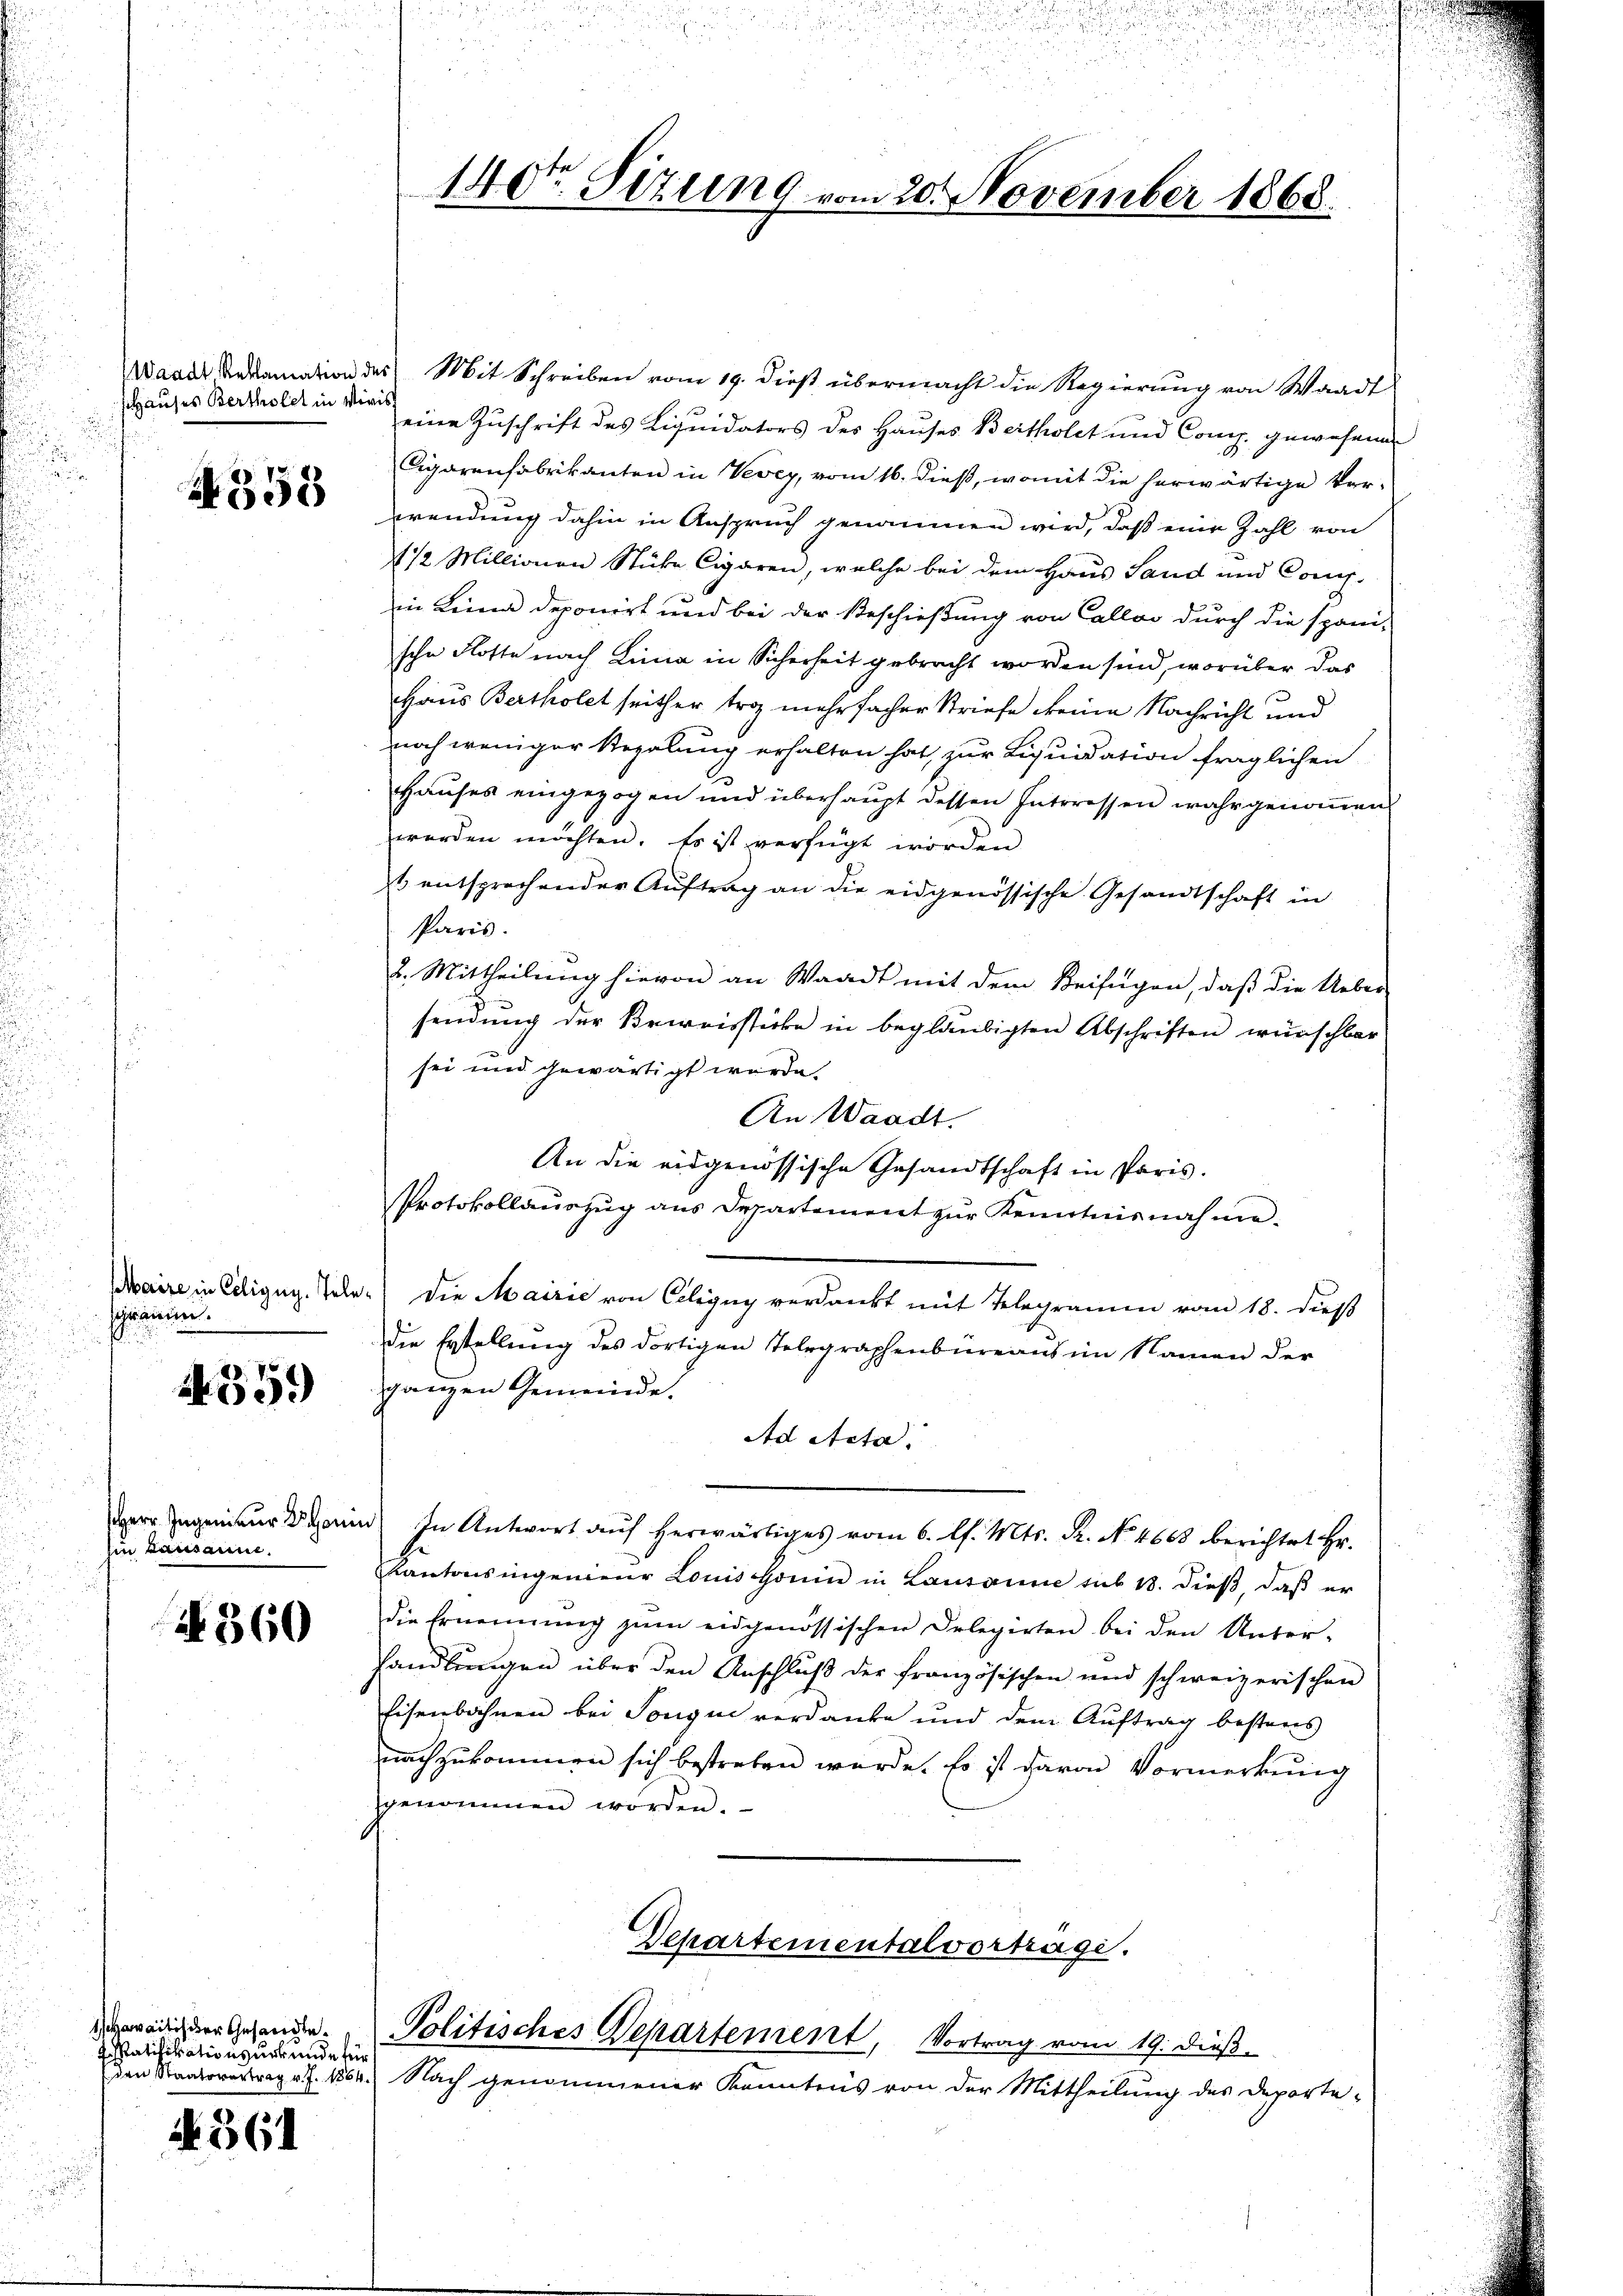
shauses Bertholet in Viris

358

schränen.
u

359)

hin Lausanne.

No. 360

Waadt Andamation des Mit Schreiben vom 19. dieß übermacht die Regierung von Waadt
eine Zuschrift des Liquidators des Hauses Beitholet und Comp. gewesenen
Cigarenfabrikanten in Vevey, vom 16. dieß, womit die herwärtige Ver-
wendung dahin in Anspruch genommen wird, daß eine Zahl von
1 1/2 Millionen Stücke Cigaren, welche bei dem Haus Sand und Comp.
in Lina deponirt und bei der Beschießung von Callos durch die spani-
sche Flotte nach Lina in Sicherheit gebracht worden sind, worüber das
Haus Bertholet seither trag mehrfacher Striefe eine Nachricht und
noch weniger Regelung erhalten hat, zur Liquidation fraglichen
Hauses eingezogen und überhaupt dessen Interessen wahrgenommen
werden möchten. Es ist verfügt worden
s entsprechender Aŭftrag an die eidgenössische Gesandtschaft in
Paris.
2. Mittheilung hievon an Waadt mit dem Beifügen, daß die Ueber-
sendung der Beweissticke in beglaubigten Abschriften wünschbar
sei und gewärtigt wurde.
An Waadt.
An die eidgenössische Gesandtschaft in Paris.
Protokollauszug aus Departement zur Kenntnisnahme¬
Maire in Eiligug. Pele. Die Mairie von Celigny verdankt mit Telegramm vom 18. dieß
die Erstellŭng des dortigen Telegraphenbüreaŭs im Namen der
ganzen Gemeinde.
Ad Acta.
der Ingenieur der In Antwort aŭf herwärtiges vom 6. l. Mts. Fr. No. 4663 berichtet Hr.
Kantonsingenieŭr Louissonen in Lausanne sub 18. dieβ, daβ er
die Ernennung zŭm eidgenössischen Delegirten bei den Unter-
handlungen über den Anschluß der französischen und schweizerischen
Eisenbahnen bei Songue verdanke und dem Aŭftrag bestens
nachzukommen sich bestreben würde. Es ist davon Vormerkung
sgenommen worden.

waitischer Gesandte.
2. Ratifikationsurkunde für

4361

140ten Sizung vom 20. November 1868.

Departementalverträge.
Politisches Departement, Vortrag vom 19. dieß

entrag. 1864.) Nach genommener Kenntnis von der Mittheilung des Deporte-